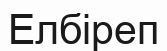
Елбіреп